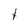
Character: t